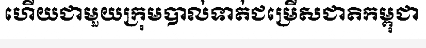
ហើយជាមួយក្រុមបាល់ទាត់ជម្រើសជាតិកម្ពុជា